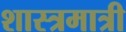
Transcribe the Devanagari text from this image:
शास्त्रमात्री